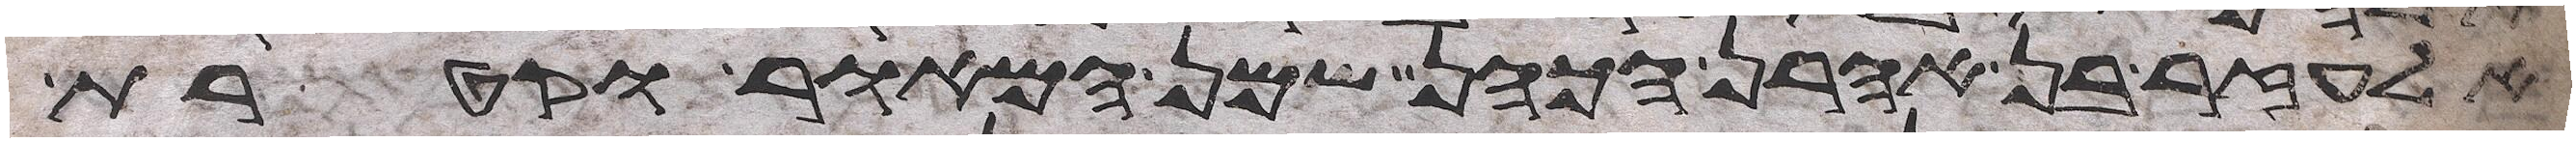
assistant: אלעזר בן אהרן הכהן שמן המאור וקטרת